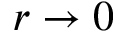
r \to 0